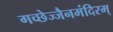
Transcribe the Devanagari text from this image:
गच्छेज्जैनमंदिरम्‌